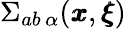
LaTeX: \Sigma_{ab\, \alpha}({\pmb x},{\pmb\xi})